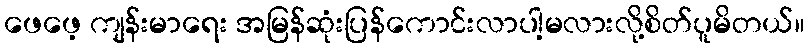
ဖေဖေ့ ကျန်းမာရေး အမြန်ဆုံးပြန်ကောင်းလာပါ့မလားလို့စိတ်ပူမိတယ်။